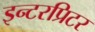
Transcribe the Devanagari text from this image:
इन्टरप्रिटर